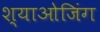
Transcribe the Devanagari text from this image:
श्याओजिंग